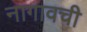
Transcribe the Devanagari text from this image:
नागावची